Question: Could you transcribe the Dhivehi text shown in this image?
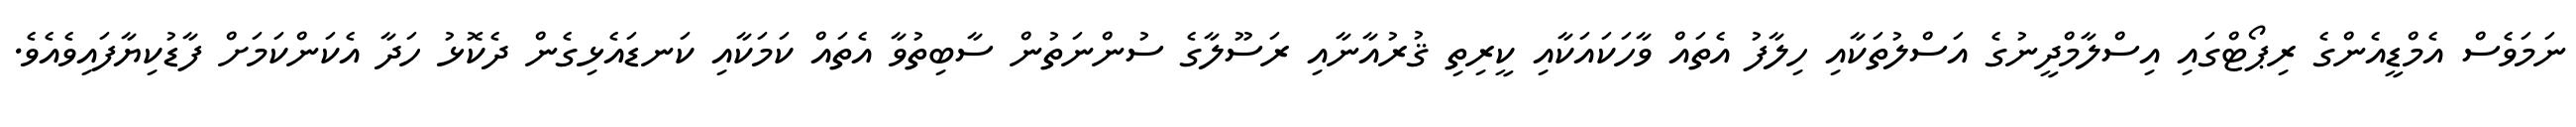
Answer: ނަމަވެސް އެމްޑީއެންގެ ރިޕޯޓްގައި އިސްލާމްދީނުގެ އަސްލުތަކާއި ހިލާފު އެތައް ވާހަކައަކާއި ކީރިތި ޤުރުއާނާއި ރަސޫލާގެ ސުންނަތުން ސާބިތުވާ އެތައް ކަމަކާއި ކަނޑައެޅިގެން ދެކޮޅު ހަދާ އެކަންކަމަށް ފާޑުކިޔާފައިވެއެވެ.